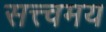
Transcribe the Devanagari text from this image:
सत्त्वमय